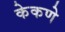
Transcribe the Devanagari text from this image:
केकणे